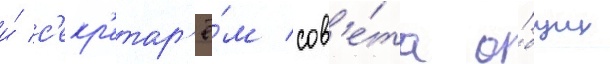
и́ с'екр'етар'ё́м сов'е́та о́бщих